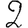
Digit: 2